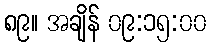
၈၉။ အချိန် ၀၉:၁၅:၀၀